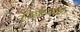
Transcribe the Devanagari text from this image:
निखाऱ्यावर